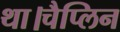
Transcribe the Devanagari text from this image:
था।चैप्लिन